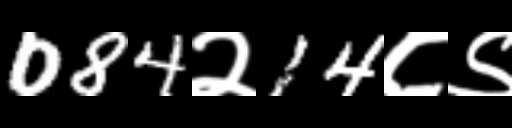
Text: 084२14८९